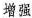
增强